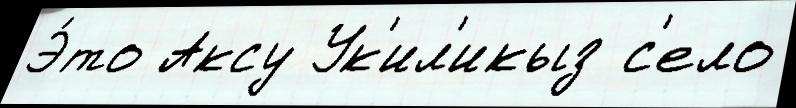
Э́то Аксу Ук'ил'икыз с'ело